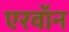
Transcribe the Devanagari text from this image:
एरवॉन